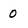
Character: 0